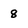
Character: 8